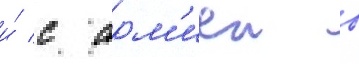
и́ с арм'иеи в